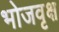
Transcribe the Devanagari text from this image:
भोजवृक्ष